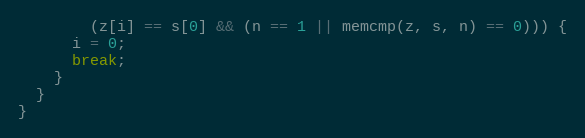
Language: C
        (z[i] == s[0] && (n == 1 || memcmp(z, s, n) == 0))) {
      i = 0;
      break;
    }
  }
}